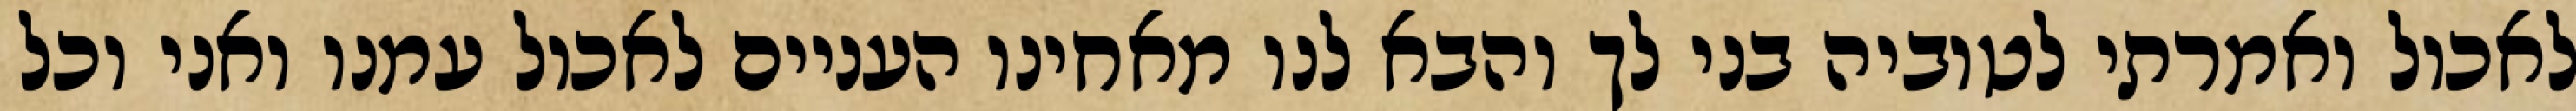
לאכול ואמרתי לטוביה בני לך והבא לנו מאחינו העניים לאכול עמנו ואני וכל